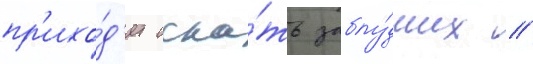
пр'ихо́д'ит иска́ть заблу́дших //